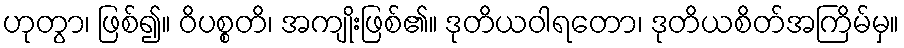
ဟုတွာ၊ ဖြစ်၍။ ဝိပစ္စတိ၊ အကျိုးဖြစ်၏။ ဒုတိယဝါရတော၊ ဒုတိယစိတ်အကြိမ်မှ။